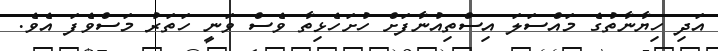
އަދި ހިޔާނާތުގެ މައްސަލަ އިސްތިއުނާފަށް ހުށަހެޅިތާ ވެސް ވަނީ ހަތަރު މަސްވެފަ އެވެ.